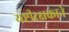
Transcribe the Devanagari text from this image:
यष्टीरक्षकाने